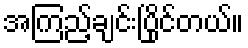
အကြည့်ချင်းပြိုင်တယ်။